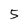
Character: 5